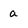
Character: a